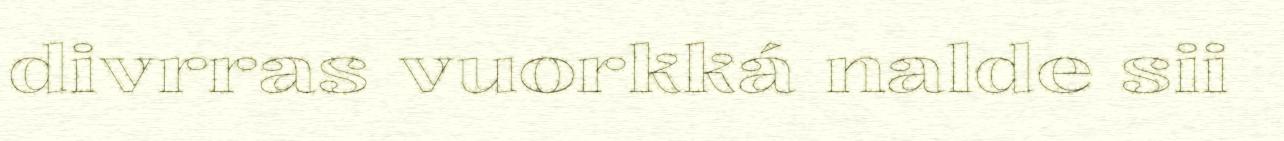
divrras vuorkká nalde sii